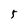
Character: 5